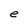
Character: e